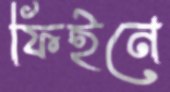
ফিইনে